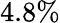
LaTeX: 4.8\%